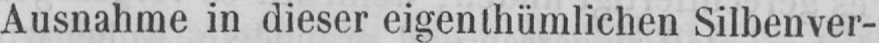
Ausnahme in dieser eigenthümlichen Silbenver-